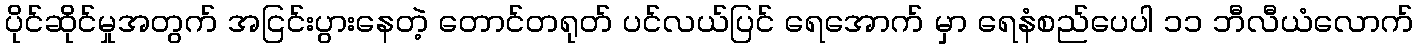
ပိုင်ဆိုင်မှုအတွက် အငြင်းပွားနေတဲ့ တောင်တရုတ် ပင်လယ်ပြင် ရေအောက် မှာ ရေနံစည်ပေပါ ၁၁ ဘီလီယံလောက်